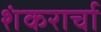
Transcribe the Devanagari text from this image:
शंकरार्चा